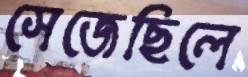
সেজেছিলে